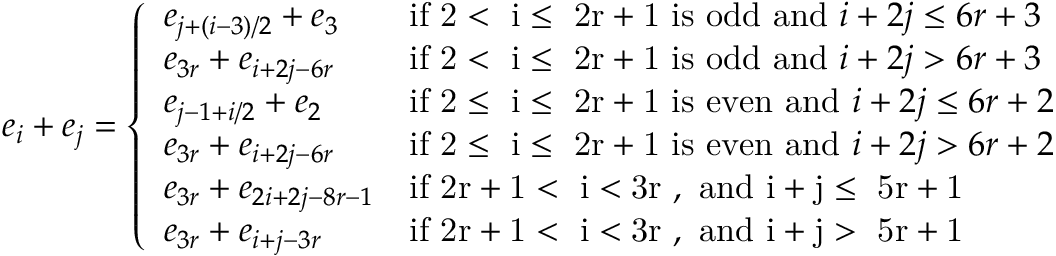
e _ { i } + e _ { j } = \left\{ \begin{array} { l l } { e _ { j + ( i - 3 ) / 2 } + e _ { 3 } } & { \mathrm { i f ~ 2 < ~ i \leq ~ 2 r + 1 ~ i s ~ o d d ~ a n d ~ } i + 2 j \leq 6 r + 3 } \\ { e _ { 3 r } + e _ { i + 2 j - 6 r } } & { \mathrm { i f ~ 2 < ~ i \leq ~ 2 r + 1 ~ i s ~ o d d ~ a n d ~ } i + 2 j > 6 r + 3 } \\ { e _ { j - 1 + i / 2 } + e _ { 2 } } & { \mathrm { i f ~ 2 \leq ~ i \leq ~ 2 r + 1 ~ i s ~ e v e n ~ a n d ~ } i + 2 j \leq 6 r + 2 } \\ { e _ { 3 r } + e _ { i + 2 j - 6 r } } & { \mathrm { i f ~ 2 \leq ~ i \leq ~ 2 r + 1 ~ i s ~ e v e n ~ a n d ~ } i + 2 j > 6 r + 2 } \\ { e _ { 3 r } + e _ { 2 i + 2 j - 8 r - 1 } } & { \mathrm { i f ~ 2 r + 1 < ~ i < 3 r ~ , ~ a n d ~ i + j \leq ~ 5 r + 1 ~ } } \\ { e _ { 3 r } + e _ { i + j - 3 r } } & { \mathrm { i f ~ 2 r + 1 < ~ i < 3 r ~ , ~ a n d ~ i + j > ~ 5 r + 1 ~ } } \end{array} \right.